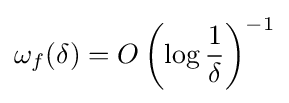
\omega _{f}(\delta )=O\left(\log {\frac {1}{\delta }}\right)^{-1}